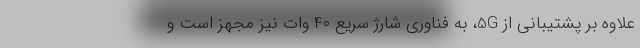
علاوه بر پشتیبانی از 5G، به فناوری شارژ سریع 40 وات نیز مجهز است و